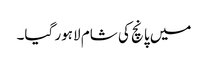
میں پانچ کی شام لاہور گیا۔